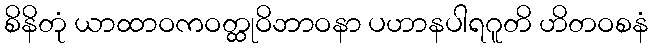
စိနိတုံ ယာထာဝကဝတ္ထုဝိဘာဝနာ ပဟာနပါရဂူတိ ဟိတဝစနံ